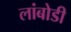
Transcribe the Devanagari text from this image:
लांबोडी